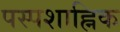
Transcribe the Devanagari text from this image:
पस्पशाह्निक